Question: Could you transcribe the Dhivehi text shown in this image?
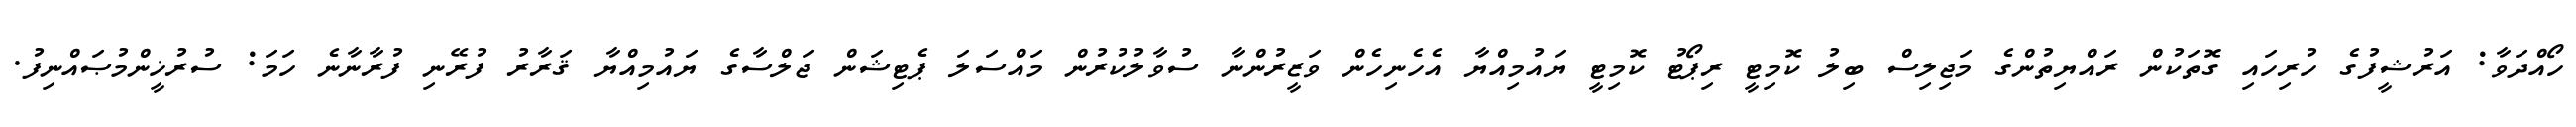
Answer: ހޯއްދަވާ: އަރުޝީފުގެ ހުރިހައި ގޮތަކުން ރައްޔިތުންގެ މަޖިލިސް ބިލު ކޮމިޓީ ރިޕޯޓު ކޮމިޓީ ޔައުމިއްޔާ އެހެނިހެން ވަޒީރުންނާ ސުވާލުކުރުން މައްސަލަ ޕެޓިޝަން ޖަލްސާގެ ޔައުމިއްޔާ ޤަރާރު ފުރޭނި ފުރާނާނެ ހަމަ: ސުރުޚީންމުޞައްނިފު.